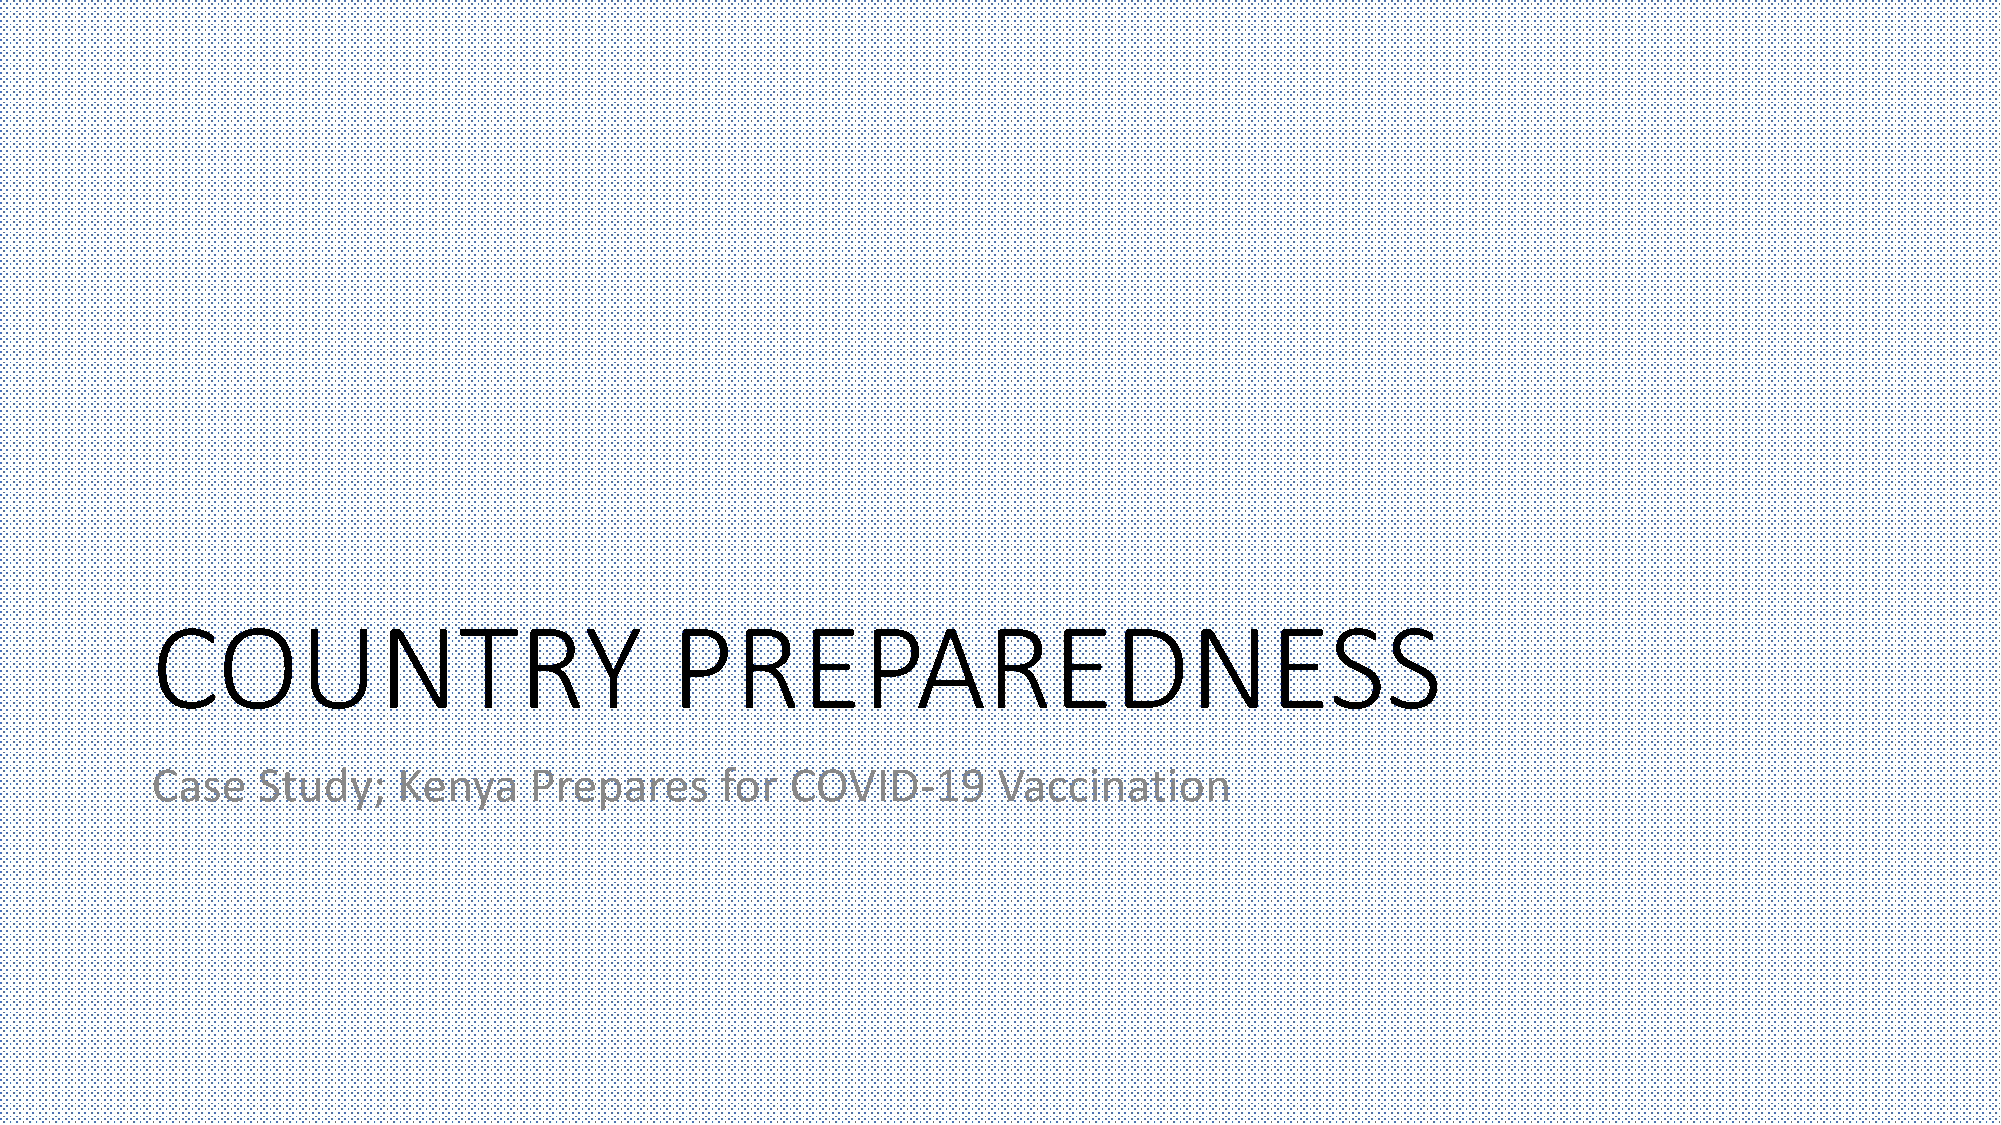
COUNTRY                           PREPAREDNESS
 Case   Study;   Kenya    Prepares     for COVID-19      Vaccination